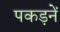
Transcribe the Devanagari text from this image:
पकड़नें